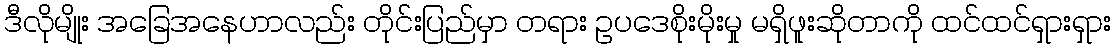
ဒီလိုမျိုး အခြေအနေဟာလည်း တိုင်းပြည်မှာ တရား ဥပဒေစိုးမိုးမှု မရှိဖူးဆိုတာကို ထင်ထင်ရှားရှား